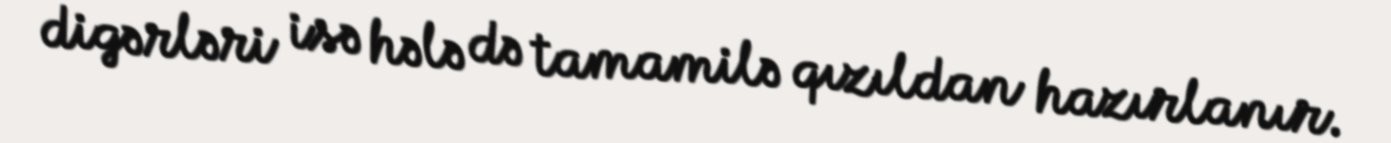
digərləri isə hələ də tamamilə qızıldan hazırlanır.